Cholera in southern India
Disease focus: Cholera
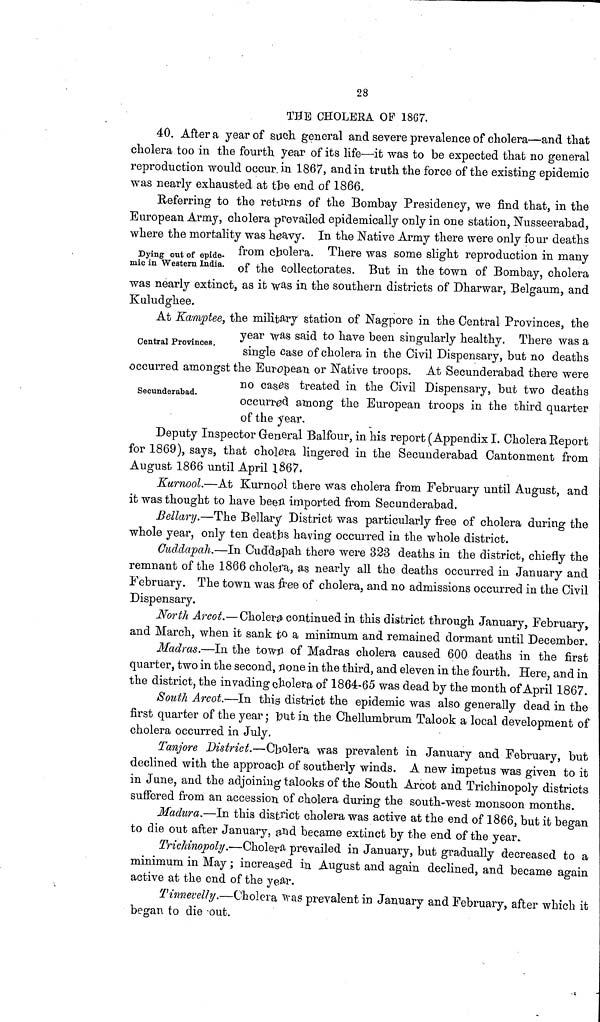
28
THE CHOLERA OF 1867.
40. After a year of such general and severe prevalence of cholera—and that
cholera too in the fourth year of its life—it was to be expected that no general
reproduction would occur in 1867, and in truth the force of the existing epidemic
was nearly exhausted at the end of 1866.
Dying out of epide-
mic in Western India.
Referring to the returns of the Bombay Presidency, we find that, in the
European Army, cholera prevailed epidemically only in one station, Nusseerabad,
where the mortality was heavy. In the Native Army there were only four deaths
from cholera. There was some slight reproduction in many
of the collectorates. But in the town of Bombay, cholera
was nearly extinct, as it was in the southern districts of Dharwar, Belgaum, and
Kuludghee.
Central Provinces.
Secunderabad.
At Kamptee, the military station of Nagpore in the Central Provinces, the
year was said to have been singularly healthy. There was a
single case of cholera in the Civil Dispensary, but no deaths
occurred amongst the European or Native troops. At Secunderabad there were
no cases treated in the Civil Dispensary, but two deaths
occurred among the European troops in the third quarter
of the year.
Deputy Inspector General Balfour, in his report (Appendix I. Cholera Report
for 1869), says, that cholera lingered in the Secunderabad Cantonment from
August 1866 until April 1867.
Kurnool.—At Kurnool there was cholera from February until August, and
it was thought to have been imported from Secunderabad.
Bellary.—The Bellary District was particularly free of cholera during the
whole year, only ten deaths having occurred in the whole district.
Cuddapah.—In Cuddapah there were 323 deaths in the district, chiefly the
remnant of the 1866 cholera, as nearly all the deaths occurred in January and
February. The town was free of cholera, and no admissions occurred in the Civil
Dispensary.
North Arcot.—Cholera continued in this district through January, February,
and March, when it sank to a minimum and remained dormant until December.
Madras.—In the town of Madras cholera caused 600 deaths in the first
quarter, two in the second, none in the third, and eleven in the fourth. Here, and in
the district, the invading cholera of 1864-65 was dead by the month of April 1867.
South Arcot.—In this district the epidemic was also generally dead in the
first quarter of the year; but in the Chellumbrum Talook a local development of
cholera occurred in July.
Tanjore District.—Cholera was prevalent in January and February, but
declined with the approach of southerly winds. A new impetus was given to it
in June, and the adjoining talooks of the South Arcot and Trichinopoly districts
suffered from an accession of cholera during the south-west monsoon months.
Madura.—In this district cholera was active at the end of 1866, but it began
to die out after January, and became extinct by the end of the year.
Trichinopoly.—Cholera prevailed in January, but gradually decreased to a
minimum in May; increased in August and again declined, and became again
active at the end of the year.
Tinnevelly.—Cholera was prevalent in January and February, after which it
began to die out.